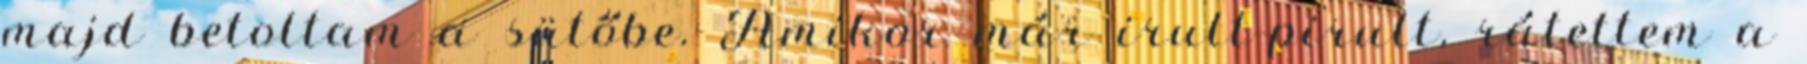
majd betoltam a sütőbe. Amikor már irult-pirult, rátettem a